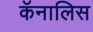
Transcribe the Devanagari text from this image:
कॅनालिस